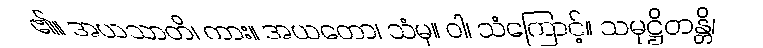
၏။ အယသာတိ၊ ကား။ အယတော၊ သံမှ။ ဝါ၊ သံကြောင့်။ သမုဋ္ဌိတန္တိ၊